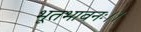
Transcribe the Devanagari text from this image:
भूतभावनः।।